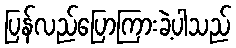
ပြန်လည်ပြောကြားခဲ့ပါသည်